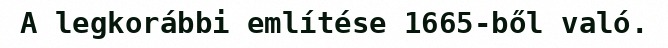
A legkorábbi említése 1665-ből való.